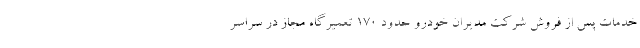
خدمات پس از فروش شرکت مدیران خودرو حدود 170 تعمیرگاه مجاز در سراسر